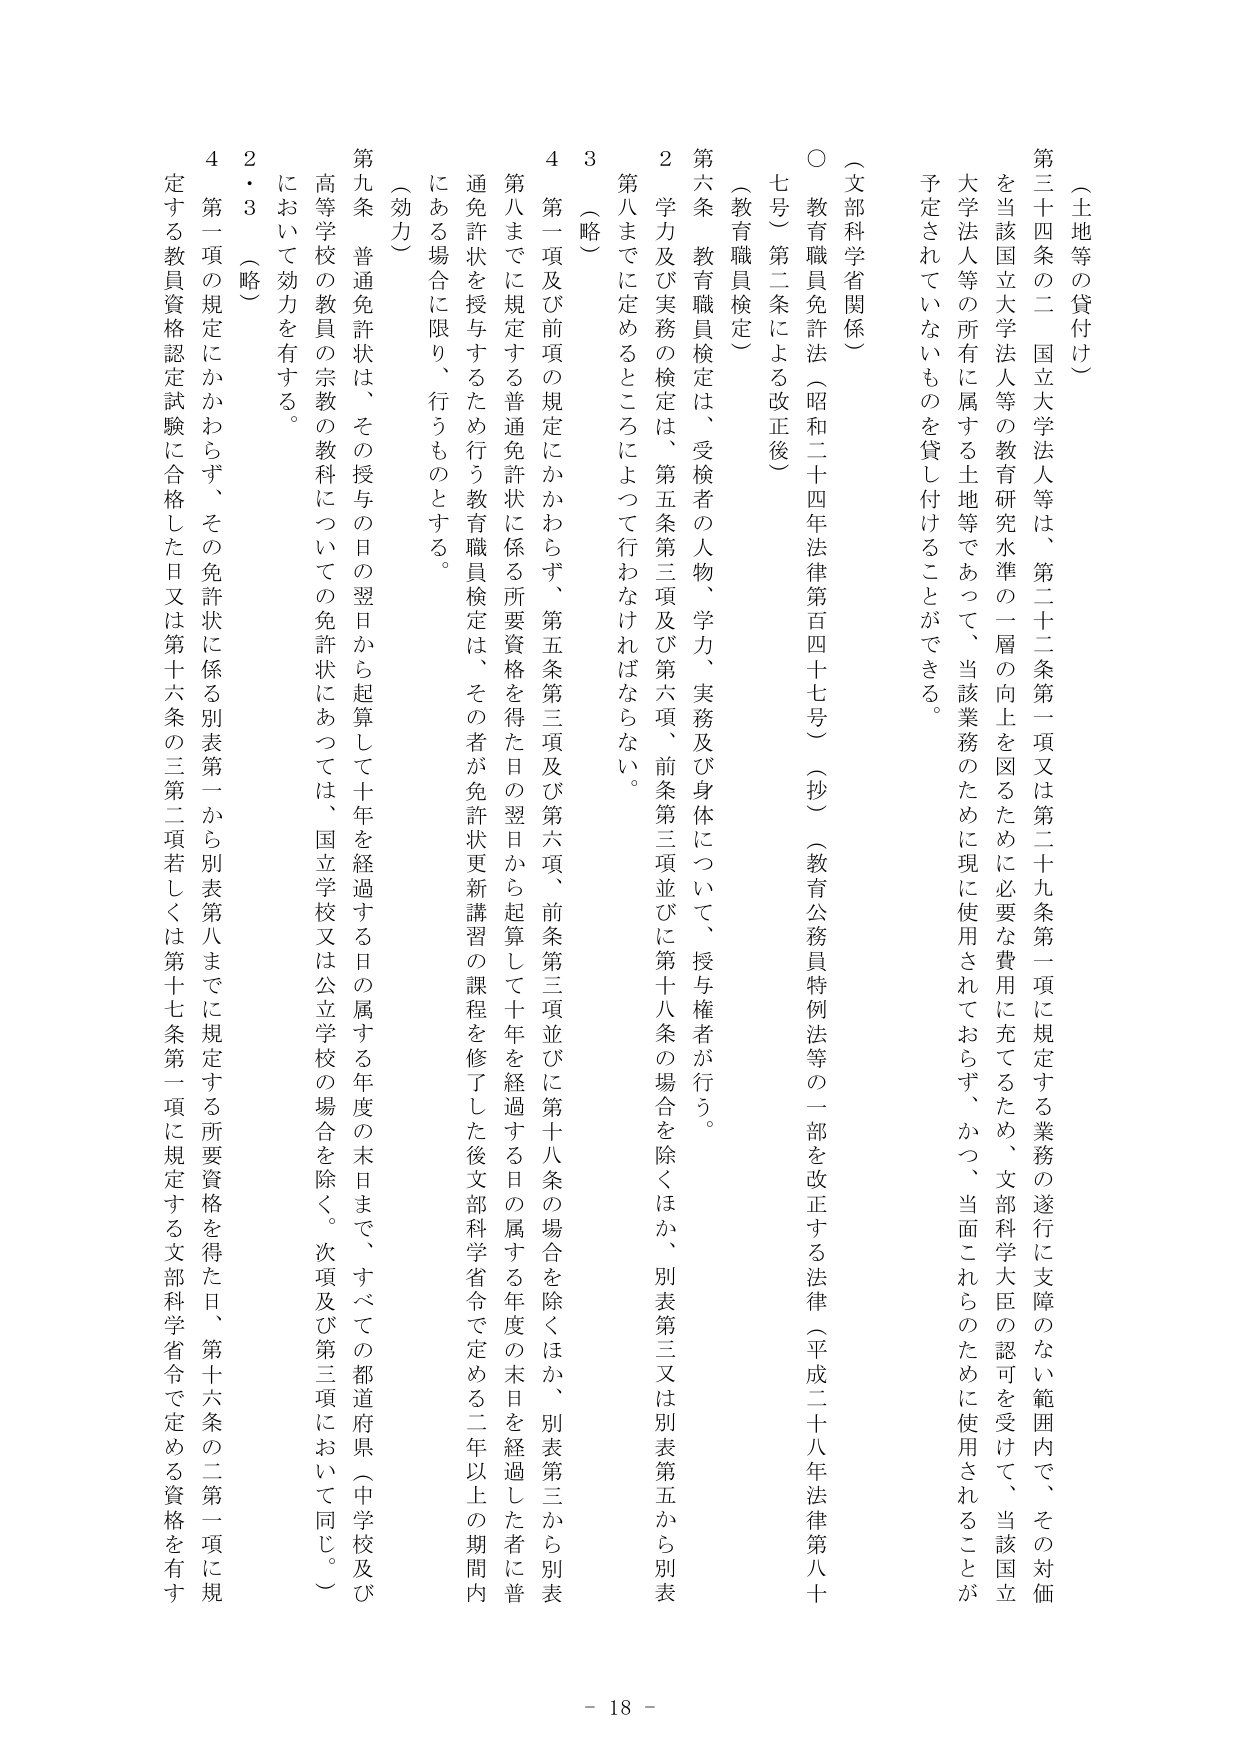
（土地等の貸付け）

第三十四条の二 国立大学法人等は、第二十二条第一項又は第二十九条第一項に規定する業務の遂行に支障のない範囲内で、その対価を当該国立大学法人等の教育研究水準の一層の向上を図るために必要な費用に充てるため、文部科学大臣の認可を受けて、当該国立大学法人等の所有に属する土地等であって、当該業務のために現に使用されておらず、かつ、当面これらのために使用されることが予定されていないものを貸し付けることができる。

（文部科学省関係）

○ 教育職員免許法（昭和二十四年法律第百四十七号）（抄）（教育公務員特例法等の一部を改正する法律（平成二十八年法律第八十七号）第二条による改正後）

（教育職員検定）

第六条 教育職員検定は、受検者の人物、学力、実務及び身体について、授与権者が行う。

２ 学力及び実務の検定は、第五条第三項及び第六項、前条第三項並びに第十八条の場合を除くほか、別表第三又は別表第五から別表第八までに定めるところによって行わなければならない。

３ （略）

４ 第一項及び前項の規定にかかわらず、第五条第三項及び第六項、前条第三項並びに第十八条の場合を除くほか、別表第三から別表第八までに規定する普通免許状に係る所要資格を得た日の翌日から起算して十年を経過する日の属する年度の末日まで、すべての都道府県（中学校及び高等学校の教員の宗教の教科についての免許状にあつては、国立学校又は公立学校の場合を除く。次項及び第三項において同じ。）において効力を有する。

（効力）

第九条 普通免許状は、その授与の日の翌日から起算して十年を経過する日の属する年度の末日まで、すべての都道府県（中学校及び高等学校の教員の宗教の教科についての免許状にあつては、国立学校又は公立学校の場合を除く。次項及び第三項において同じ。）において効力を有する。

２・３ （略）

４ 第一項の規定にかかわらず、その免許状に係る別表第一から別表第八までに規定する所要資格を得た日、第十六条の二第一項に規定する教員資格認定試験に合格した日又は第十六条の三第二項若しくは第十七条第一項に規定する文部科学省令で定める資格を有す

- 18 -